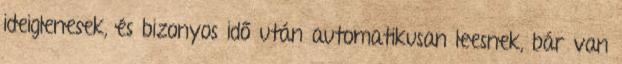
ideiglenesek, és bizonyos idő után automatikusan leesnek, bár van